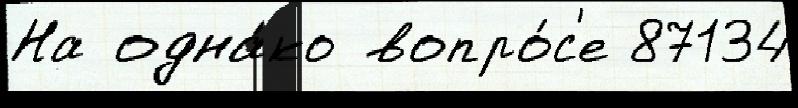
На одна́ко вопро́с'е 87134